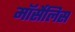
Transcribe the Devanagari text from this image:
मॉर्सेलिस